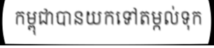
កម្ពុជាបានយកទៅតម្កល់ទុក